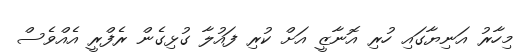
މިހާރު އަނިޔާގައި ހުރި އޮނާޒީ އަށް ކުރި ފައުލާ ގުޅިގެން ރެފްރީ އެއްވެސް